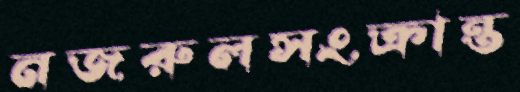
নজরুলসংক্রান্ত